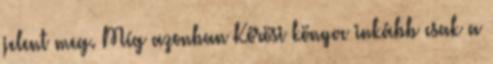
jelent meg. Míg azonban Kőrösi könyve inkább csak a